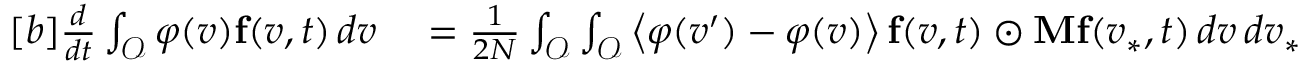
\begin{array} { r } { \begin{array} { r l } { [ b ] \frac { d } { d t } \int _ { \mathcal { O } } \varphi ( v ) \mathbf { f } ( v , t ) \, d v } & { { } = \frac { 1 } { 2 N } \int _ { \mathcal { O } } \int _ { \mathcal { O } } \left\langle \varphi ( v ^ { \prime } ) - \varphi ( v ) \right\rangle \mathbf { f } ( v , t ) \odot \mathbf { M } \mathbf { f } ( v _ { \ast } , t ) \, d v \, d v _ { \ast } } \end{array} } \end{array}